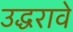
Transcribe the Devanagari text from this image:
उद्धरावे